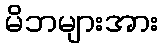
မိဘများအား